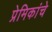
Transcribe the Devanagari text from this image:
प्रेमिकांचे